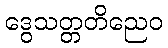
ဒွေသတ္တတိညေဝ